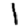
Digit: 1